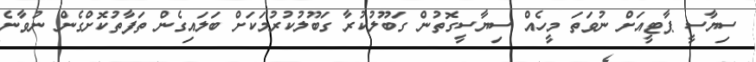
ސިޔާސީ ޕާޓީއަށް ނުވަތަ މީހެއް ސިޔާސީގޮތުން ގަބޫލުކުރާ ގަބޫލުކުރުމަކަށް ބަލައިގެން ތަފާތުކޮށްގެން ނުވާނެ